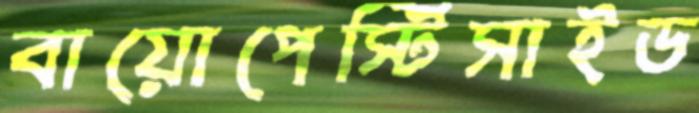
বায়োপেস্টিসাইড